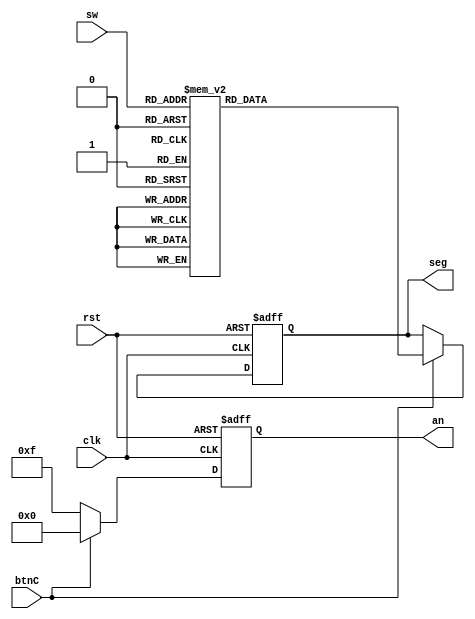
`timescale 1ns / 1ns
//////////////////////////////////////////////////////////////////////////////////
// Company: 
// Engineer: 
// 
// Design Name: 
// Module Name: Seven_Segment_II
// Project Name: 
// Target Devices: 
// Tool Versions: 
// Description: 
// 
// Dependencies: 
// 
// Revision:
// Revision 0.01 - File Created
// Additional Comments:
// 
//////////////////////////////////////////////////////////////////////////////////


module Seven_Segment_II(sw, btnC, clk, rst, seg, an);

input [3:0] sw;
input rst;
input btnC;
input clk;
output [6:0] seg;
output [3:0] an;

reg [6:0] seg;
reg [3:0] an;

always @(posedge clk or posedge rst)
begin
    if(rst)
        begin
            seg <= 7'b1111111;
            an <= 4'b1111;
        end
    else
        begin
            if(btnC)
                begin
                    case(sw)
                       4'b0000: seg = 7'b0000001;
                       4'b0001: seg = 7'b1001111;
                       4'b0010: seg = 7'b0010010; // "2" 
                       4'b0011: seg = 7'b0000110; // "3" 
                       4'b0100: seg = 7'b1001100; // "4" 
                       4'b0101: seg = 7'b0100100; // "5" 
                       4'b0110: seg = 7'b0100000; // "6" 
                       4'b0111: seg = 7'b0001111; // "7" 
                       4'b1000: seg = 7'b0000000; // "8"  
                       4'b1001: seg = 7'b0000100; // "9"
                       4'b1010: seg = 7'b0000010; // a
                       4'b1011: seg = 7'b1100000; // b
                       4'b1100: seg = 7'b0110001; // c
                       4'b1101: seg = 7'b1000010; // d
                       4'b1110: seg = 7'b0110000; // E
                       4'b1111: seg = 7'b0111000; // F
                       default: seg = 7'b0000001; // "0"
                    endcase
                    an <= 4'b0000;
                end
            else
                begin
                    an <= 4'b1111;
                end
        end
end
endmodule